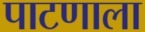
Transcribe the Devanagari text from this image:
पाटणाला